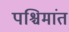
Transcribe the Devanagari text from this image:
पश्चिमांत